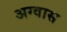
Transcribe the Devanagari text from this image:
अग्वास